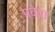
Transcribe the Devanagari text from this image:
प्रवेया